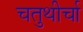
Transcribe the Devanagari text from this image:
चतुथीर्चा